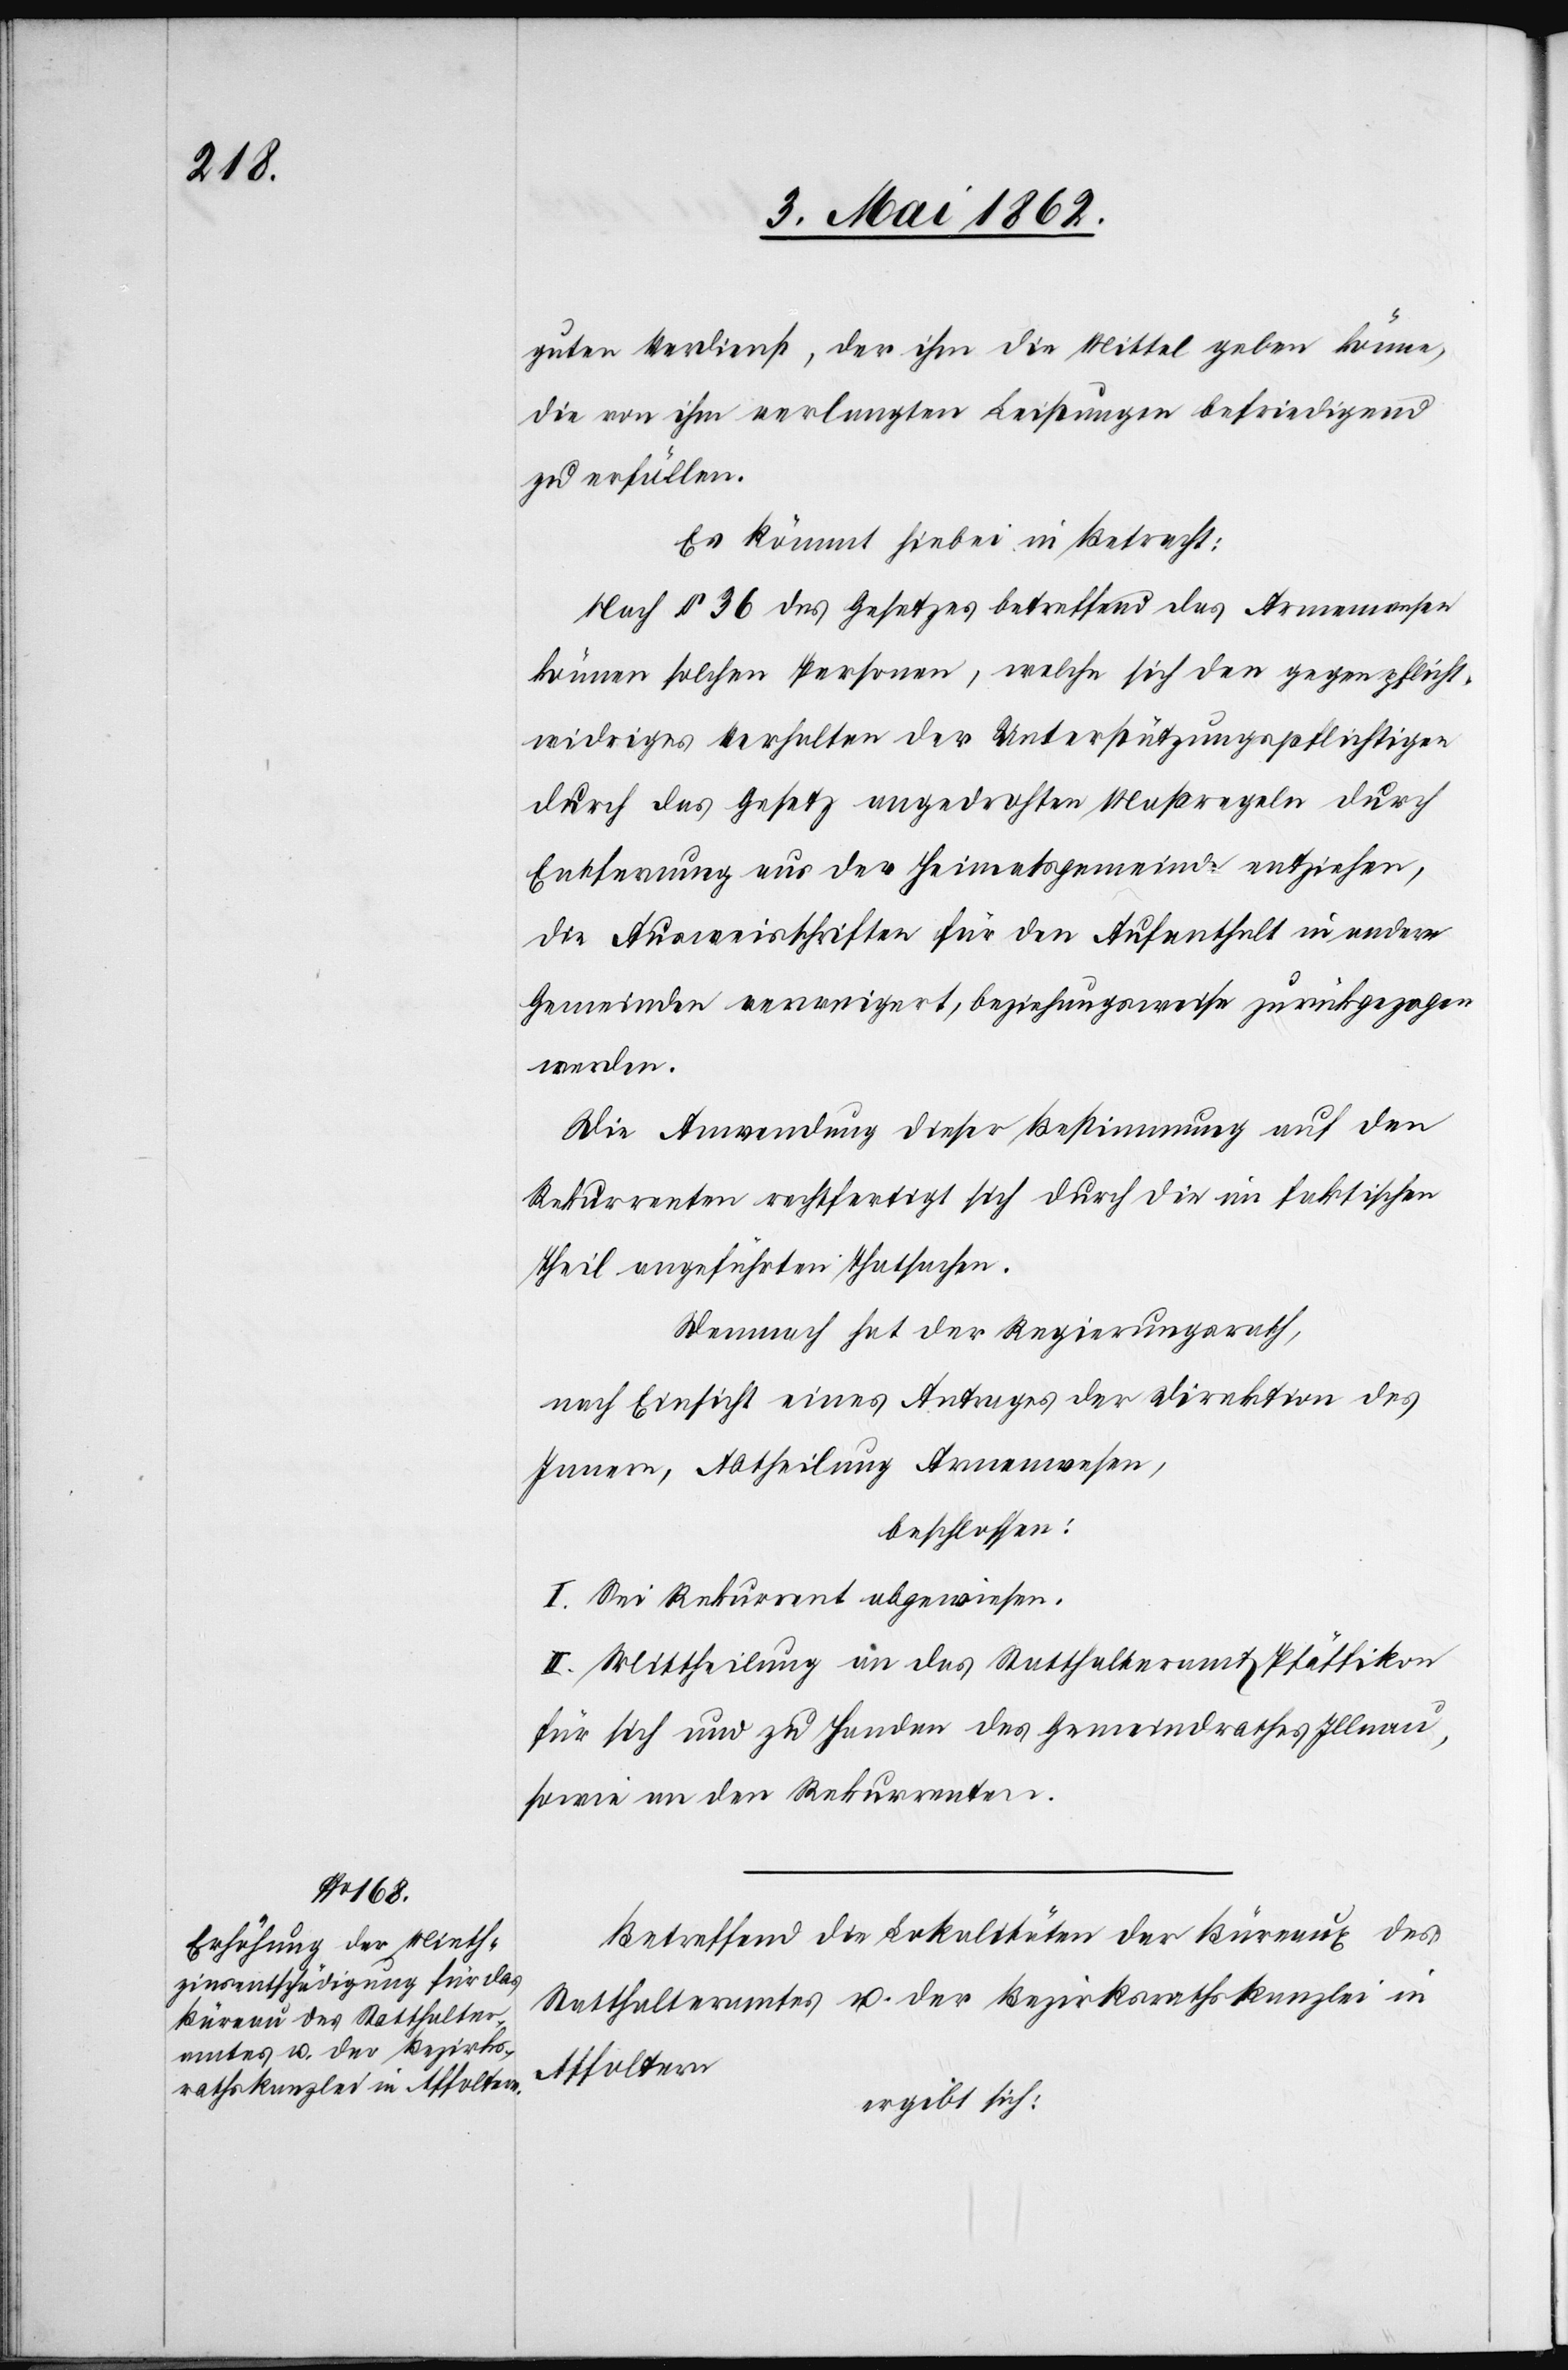
guten Verdienst, der ihm die Mittel geben könne,
die von ihm verlangten Leistungen befriedigend
zu erfüllen.
Es kömmt hiebei in Betracht:
Nach § 36 des Gesetzes betreffend das Armenwesen
können solchen Personen, welche sich den gegen pflicht¬
widriges Verhalten der Unterstützungspflichten
durch das Gesetz angedrohten Maßregeln durch
Entfernung aus der Heimatsgemeinde entziehen,
die Ausweisschriften für den Aufenthalt in andern
Gemeinden verweigert, beziehungsweise zurückgezogen
werden.
Die Anwendung dieser Bestimmung auf den
Rekurrenten rechtfertigt sich durch die im faktischen
Theil angeführten Thatsachen.
Demnach hat der Regierungsrath,
nach Einsicht eines Antrages der Direktion des
Innern, Abtheilung Armenwesen,
beschlossen:
I. Sei Rekurrent abgewiesen.
II. Mittheilung an das Statthalteramt Pfäffikon
für sich und zu Handen des Gemeindrathes Illnau,
sowie an den Rekurrenten.
Betreffend die Lokalitäten der Büreaux des
Statthalteramts u. der Bezirksrathskanzlei in
Affoltern,
ergibt sich: